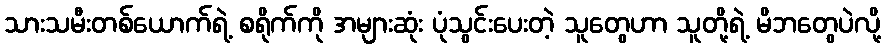
သားသမီးတစ်ယောက်ရဲ့ စရိုက်ကို အများဆုံး ပုံသွင်းပေးတဲ့ သူတွေဟာ သူတို့ရဲ့ မိဘတွေပဲလို့